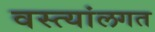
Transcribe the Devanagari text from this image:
वस्त्यांलगत